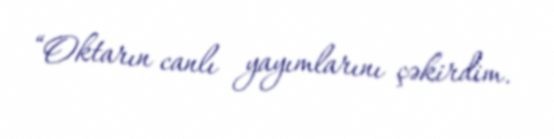
“Oktarın canlı yayımlarını çəkirdim.